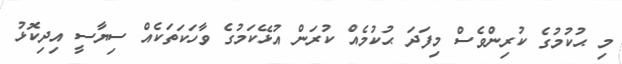
މި ޙުކުމުގެ ކުރިންވެސް މިފަދަ ޙުކުމެއް ކުރަން އުޅޭކަމުގެ ވާހަކަތަކެއް ސިޔާސީ އިދިކޮޅު